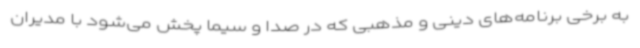
به برخی برنامه‌های دینی و مذهبی که در صدا و سیما پخش می‌شود با مدیران